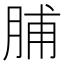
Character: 脯